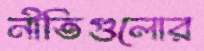
নীতিগুলোর